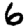
Digit: 6